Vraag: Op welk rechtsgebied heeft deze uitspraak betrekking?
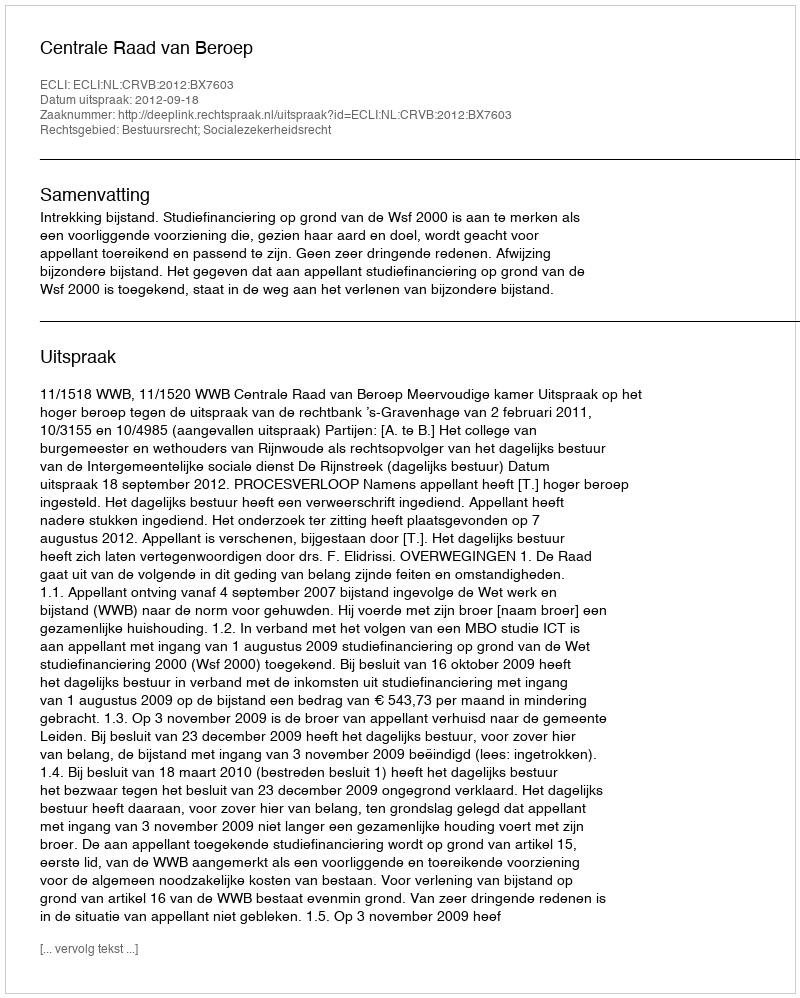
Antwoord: Bestuursrecht; Socialezekerheidsrecht